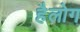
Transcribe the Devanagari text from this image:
हैलोग